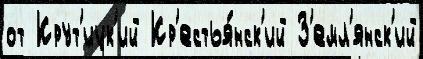
от Крут'ицк'ий Кр'естья́нск'ий З'емл'янск'ий